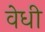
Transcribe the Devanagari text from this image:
वेधी